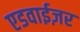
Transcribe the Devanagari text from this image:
एडवाईज़र